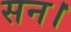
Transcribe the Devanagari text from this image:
सन।